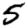
Digit: 5